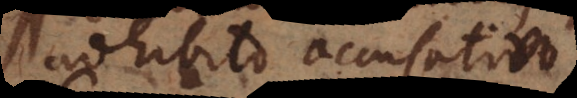
adhibito accusativo.